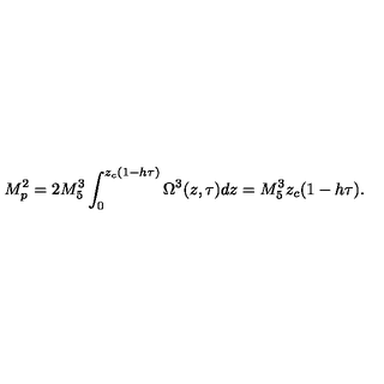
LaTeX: M _ { p } ^ { 2 } = 2 M _ { 5 } ^ { 3 } \int _ { 0 } ^ { z _ { c } ( 1 - h \tau ) } \Omega ^ { 3 } ( z , \tau ) d z = M _ { 5 } ^ { 3 } z _ { c } ( 1 - h \tau ) .